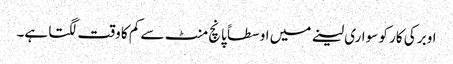
اوبر کی کار کو سواری لینے میں اوسطاً پانچ منٹ سے کم کا وقت لگتا ہے۔